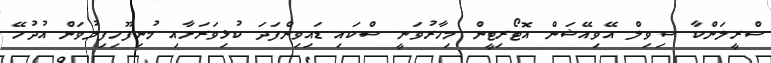
ސްރީލަންކާ ސިވިލް އޭވިއޭޝަން އޮޓޯރިޓީން މިހާރުވަނީ ސްކައި ޑައިވިންފަދަ ކުޅިވަރަށާއި މުނިފޫހިފިލުވަން އުދުހޭ